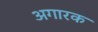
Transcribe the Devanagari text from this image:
अगारक